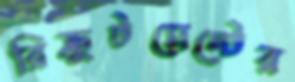
রিক্রুটমেন্টের